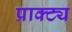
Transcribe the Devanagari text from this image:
प्राक्ट्य